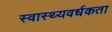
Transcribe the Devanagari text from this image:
स्वास्थ्यवर्धकता